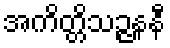
အကိတ္တိသဉ္ဇနနီ